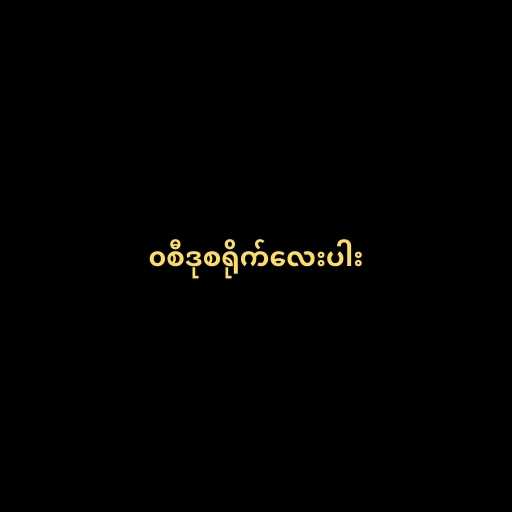
၀စီဒုစရိုက်လေးပါး